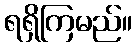
ရရှိကြမည်။